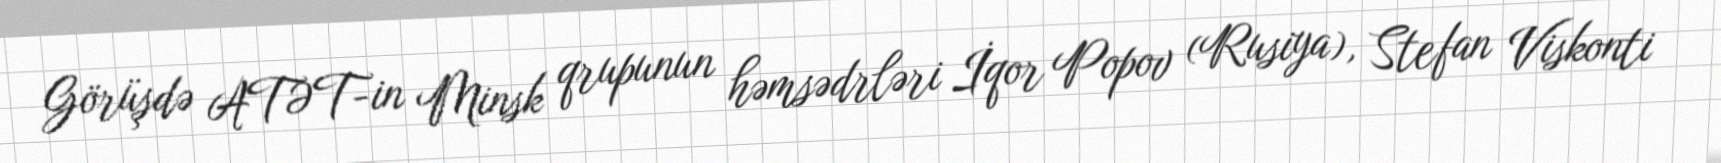
Görüşdə ATƏT-in Minsk qrupunun həmsədrləri İqor Popov (Rusiya), Stefan Viskonti